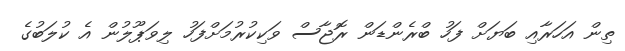
ތިން އަހަރާއި ބަޔަށް ފަހު ބްރެންޑަން ރޮޖާސް ވަކިކުރުމަށްފަހު ލިވަޕޫލުން އެ ކުލަބުގެ